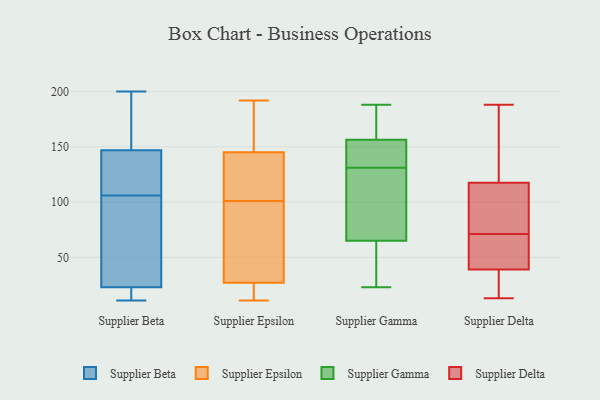
{"axis": {"x": "Temperature (°C)", "y": "Value"}, "legend": ["Supplier Beta", "Supplier Delta", "Supplier Epsilon", "Supplier Gamma"], "data": [{"x": "", "y": 16, "type": "Supplier Beta"}, {"x": "", "y": 121, "type": "Supplier Beta"}, {"x": "", "y": 15, "type": "Supplier Beta"}, {"x": "", "y": 91, "type": "Supplier Beta"}, {"x": "", "y": 127, "type": "Supplier Beta"}, {"x": "", "y": 157, "type": "Supplier Beta"}, {"x": "", "y": 157, "type": "Supplier Beta"}, {"x": "", "y": 23, "type": "Supplier Beta"}, {"x": "", "y": 135, "type": "Supplier Beta"}, {"x": "", "y": 200, "type": "Supplier Beta"}, {"x": "", "y": 157, "type": "Supplier Beta"}, {"x": "", "y": 138, "type": "Supplier Beta"}, {"x": "", "y": 147, "type": "Supplier Beta"}, {"x": "", "y": 13, "type": "Supplier Beta"}, {"x": "", "y": 28, "type": "Supplier Beta"}, {"x": "", "y": 11, "type": "Supplier Beta"}, {"x": "", "y": 65, "type": "Supplier Beta"}, {"x": "", "y": 67, "type": "Supplier Beta"}, {"x": "", "y": 110, "type": "Supplier Epsilon"}, {"x": "", "y": 103, "type": "Supplier Epsilon"}, {"x": "", "y": 99, "type": "Supplier Epsilon"}, {"x": "", "y": 12, "type": "Supplier Epsilon"}, {"x": "", "y": 128, "type": "Supplier Epsilon"}, {"x": "", "y": 44, "type": "Supplier Epsilon"}, {"x": "", "y": 158, "type": "Supplier Epsilon"}, {"x": "", "y": 19, "type": "Supplier Epsilon"}, {"x": "", "y": 186, "type": "Supplier Epsilon"}, {"x": "", "y": 26, "type": "Supplier Epsilon"}, {"x": "", "y": 161, "type": "Supplier Epsilon"}, {"x": "", "y": 182, "type": "Supplier Epsilon"}, {"x": "", "y": 192, "type": "Supplier Epsilon"}, {"x": "", "y": 11, "type": "Supplier Epsilon"}, {"x": "", "y": 119, "type": "Supplier Epsilon"}, {"x": "", "y": 21, "type": "Supplier Epsilon"}, {"x": "", "y": 132, "type": "Supplier Epsilon"}, {"x": "", "y": 28, "type": "Supplier Epsilon"}, {"x": "", "y": 67, "type": "Supplier Epsilon"}, {"x": "", "y": 29, "type": "Supplier Epsilon"}, {"x": "", "y": 144, "type": "Supplier Gamma"}, {"x": "", "y": 112, "type": "Supplier Gamma"}, {"x": "", "y": 135, "type": "Supplier Gamma"}, {"x": "", "y": 127, "type": "Supplier Gamma"}, {"x": "", "y": 166, "type": "Supplier Gamma"}, {"x": "", "y": 139, "type": "Supplier Gamma"}, {"x": "", "y": 23, "type": "Supplier Gamma"}, {"x": "", "y": 165, "type": "Supplier Gamma"}, {"x": "", "y": 148, "type": "Supplier Gamma"}, {"x": "", "y": 90, "type": "Supplier Gamma"}, {"x": "", "y": 64, "type": "Supplier Gamma"}, {"x": "", "y": 171, "type": "Supplier Gamma"}, {"x": "", "y": 54, "type": "Supplier Gamma"}, {"x": "", "y": 188, "type": "Supplier Gamma"}, {"x": "", "y": 66, "type": "Supplier Gamma"}, {"x": "", "y": 32, "type": "Supplier Gamma"}, {"x": "", "y": 88, "type": "Supplier Delta"}, {"x": "", "y": 73, "type": "Supplier Delta"}, {"x": "", "y": 64, "type": "Supplier Delta"}, {"x": "", "y": 114, "type": "Supplier Delta"}, {"x": "", "y": 128, "type": "Supplier Delta"}, {"x": "", "y": 76, "type": "Supplier Delta"}, {"x": "", "y": 144, "type": "Supplier Delta"}, {"x": "", "y": 13, "type": "Supplier Delta"}, {"x": "", "y": 67, "type": "Supplier Delta"}, {"x": "", "y": 29, "type": "Supplier Delta"}, {"x": "", "y": 36, "type": "Supplier Delta"}, {"x": "", "y": 40, "type": "Supplier Delta"}, {"x": "", "y": 71, "type": "Supplier Delta"}, {"x": "", "y": 188, "type": "Supplier Delta"}, {"x": "", "y": 154, "type": "Supplier Delta"}, {"x": "", "y": 29, "type": "Supplier Delta"}, {"x": "", "y": 46, "type": "Supplier Delta"}]}